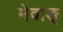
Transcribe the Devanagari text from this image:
मेवाङ्